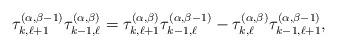
LaTeX: \begin{gather*}\tau_{k , \ell +1}^{(\alpha,\beta-1)}\tau_{k-1, \ell}^{(\alpha,\beta)} = \tau_{k , \ell + 1}^{(\alpha,\beta )} \tau_{k-1, \ell}^{(\alpha,\beta-1)}-\tau_{k,\ell}^{(\alpha,\beta)}\tau_{k-1, \ell + 1}^{(\alpha,\beta-1)},\end{gather*}